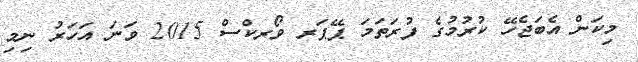
މިކަން އެބަޖެހޭ ކުރުމުގެ ފުރަތަމަ ޕޭޕަރ ވޯރކްސް 2015 ވަނަ އަހަރު ނިމި